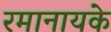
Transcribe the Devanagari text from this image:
रमानायके